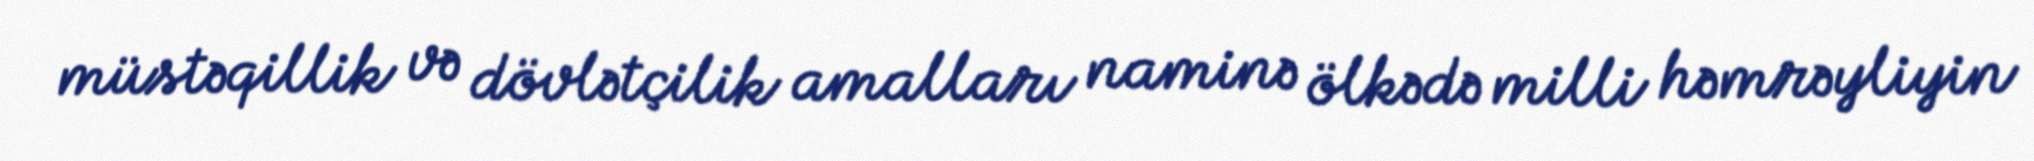
müstəqillik və dövlətçilik amalları naminə ölkədə milli həmrəyliyin